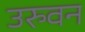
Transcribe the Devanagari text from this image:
उरुवन